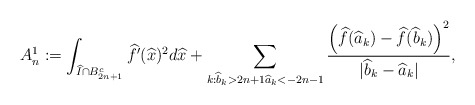
\begin{align*}A^1_n:=\int_{\widehat{I}\cap B_{2n+1}^c} \widehat{f}'(\widehat{x})^2d\widehat{x}+\sum_{k: \widehat{b}_k>2n+1\widehat{a}_k<-2n-1}\frac{\left(\widehat{f}(\widehat{a}_k)-\widehat{f}(\widehat{b}_k)\right)^2}{|\widehat{b}_k-\widehat{a}_k|},\end{align*}